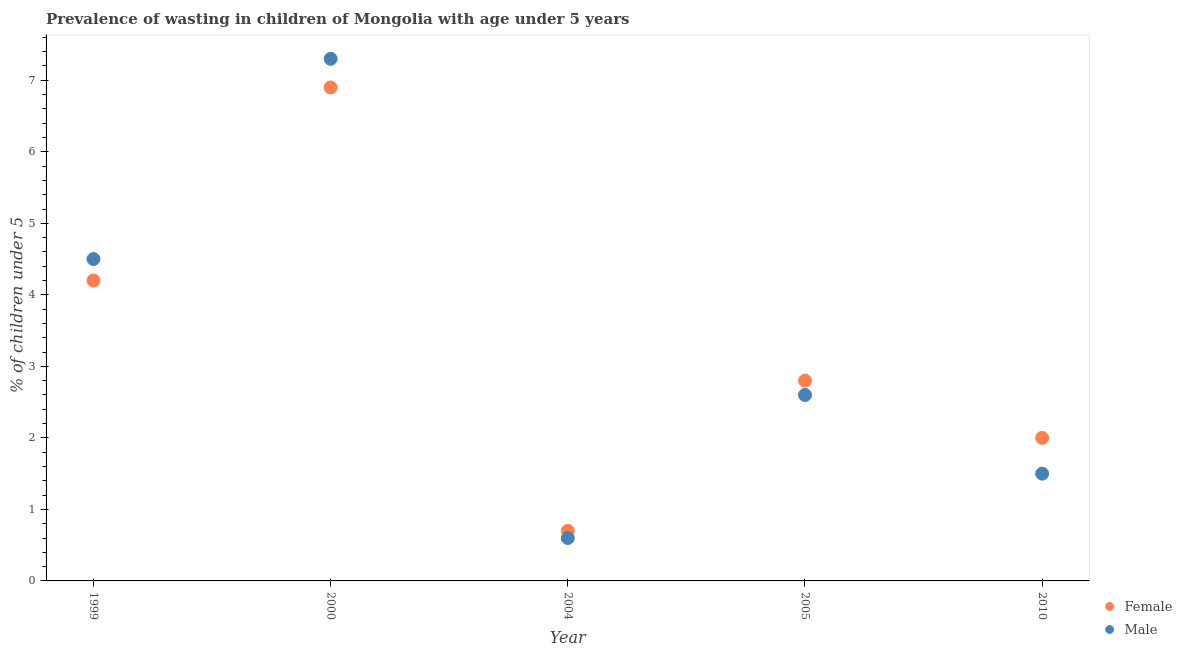
| Year | Female | Male |
 | --- | --- | --- |
 | 1999 | 4.2 | 4.5 |
 | 2000 | 6.9 | 7.3 |
 | 2004 | 0.7 | 0.6 |
 | 2005 | 2.8 | 2.6 |
 | 2010 | 2 | 1.5 |